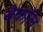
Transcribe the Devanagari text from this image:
बैकॉल